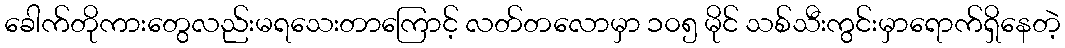
ခေါက်တိုကားတွေလည်းမရသေးတာကြောင့် လတ်တလောမှာ ၁၀၅ မိုင် သစ်သီးကွင်းမှာရောက်ရှိနေတဲ့